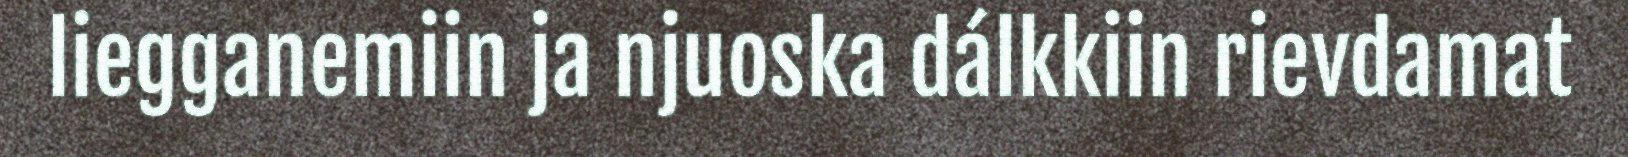
liegganemiin ja njuoska dálkkiin rievdamat